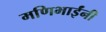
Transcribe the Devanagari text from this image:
मणिभाईंनी